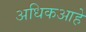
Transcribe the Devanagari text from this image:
अधिकआहे